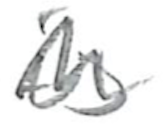
Text: is
Cross-out: wave
Writing tool: pencil